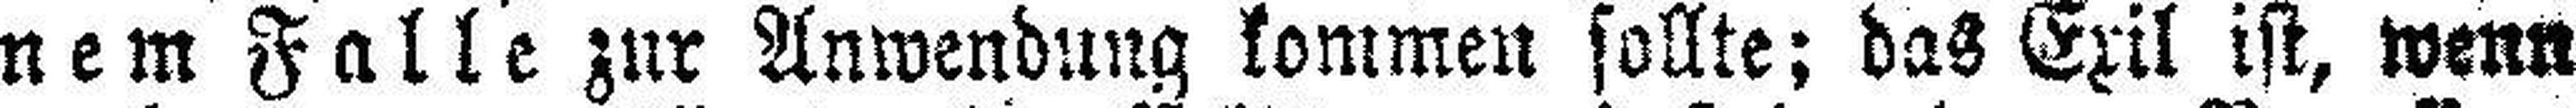
nem Falle zur Anwendung kommen sollte; das Exil ist, wenn